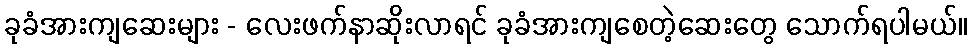
ခုခံအားကျဆေးများ - လေးဖက်နာဆိုးလာရင် ခုခံအားကျစေတဲ့ဆေးတွေ သောက်ရပါမယ်။